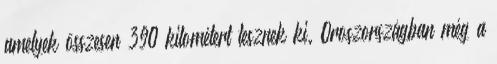
amelyek összesen 390 kilométert tesznek ki. Oroszországban még a